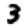
Digit: 3